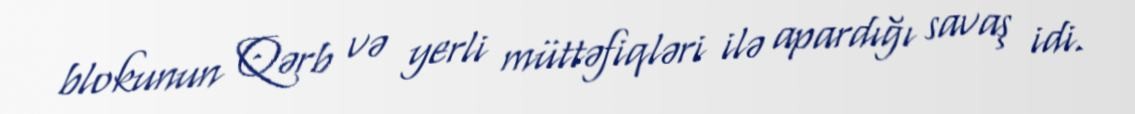
blokunun Qərb və yerli müttəfiqləri ilə apardığı savaş idi.